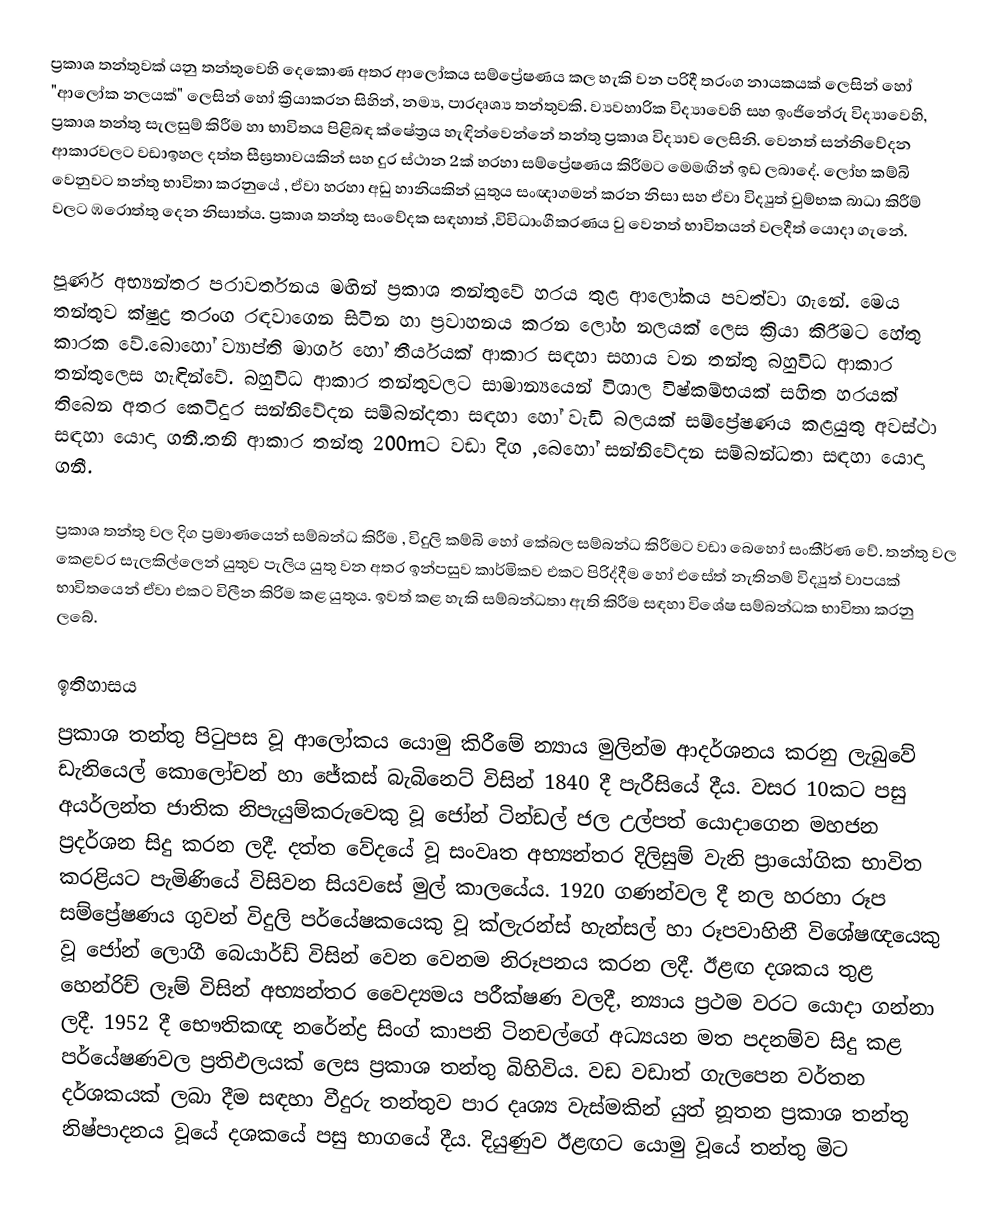
ප්‍රකාශ තන්තුවක්  යනු තන්තුවෙහි දෙකොණ අතර ආලෝකය සම්ප්‍රේෂණය කල හැකි වන පරිදී  තරංග නායකයක් ලෙසින් හෝ "ආලෝක නලයක්" ලෙසින් හෝ ක්‍රියාකරන සිහින්, නම්‍ය, පාරදෘශ්‍ය තන්තුවකි. ව්‍යවහාරික විද්‍යාවෙහි සහ ඉංජිනේරු විද්‍යාවෙහි, ප්‍රකාශ තන්තු සැලසුම් කිරීම හා භාවිතය පිළිබඳ ක්ෂේත්‍රය හැඳින්වෙන්නේ තන්තු ප්‍රකාශ විද්‍යාව ලෙසිනි. වෙනත් සන්නිවේදන ආකාරවලට වඩාඉහල දත්ත සීඝ්‍රතාවයකින් සහ දුර ස්ථාන 2ක් හරහා සම්ප්‍රේෂණය කිරීමට මෙමඟින් ඉඩ ලබාදේ. ලෝහ කම්බි වෙනුවට තන්තු භාවිතා කරනුයේ , ඒවා හරහා අඩු හානියකින් යුතුය සංඥාගමන් කරන නිසා  සහ ඒවා විද්‍යුත් චුම්භක බාධා කිරීම් වලට ඹරොත්තු දෙන නිසාත්ය. ප්‍රකාශ තන්තු සංවේදක සඳහාත් ,විවිධාංගීකරණය වු වෙනත් භාවිතයන් වලදීත් යොදා ගැනේ.

පූර්ණ අභ්‍යන්තර පරාවර්තනය මඟින් ප්‍රකාශ තන්තුවේ හරය තුළ ආලෝකය පවත්වා ගැනේ. මෙය තන්තුව ක්ෂුද්‍ර තරංග රඳවාගෙන සිටින හා ප්‍රවාහනය කරන ලෝහ නලයක් ලෙස ක්‍රියා කිරීමට හේතු කාරක වේ.බොහෝ ව්‍යාප්ති මාර්ග හෝ  තීර්යයක් ආකාර සඳහා සහාය වන තන්තු බහුවිධ ආකාර තන්තුලෙස හැඳින්වේ. බහුවිධ ආකාර තන්තුවලට සාමාන්‍යයෙන් විශාල විෂ්කම්භයක් සහිත හරයක් තිබෙන අතර කෙටිදුර සන්නිවේදන සම්බන්දතා සඳහා හෝ වැඩි බලයක් සම්ප්‍රේෂණය කළයුතු අවස්ථා සඳහා යොදා ගනී.තනි ආකාර තන්තු 200mට වඩා දිග ,බෙහෝ සන්නිවේදන සම්බන්ධතා සඳහා යොදා ගනී.

ප්‍රකාශ තන්තු වල දිග ප්‍රමාණයෙන් සම්බන්ධ කිරීම , විදුලි කම්බි හෝ කේබල සම්බන්ධ කිරීමට වඩා බෙහෝ සංකීර්ණ වේ. තන්තු වල කෙළවර සැලකිල්ලෙන් යුතුව පැලිය යුතු වන අතර ඉන්පසුව කාර්මිකව එකට පිරිද්දීම හෝ එසේත් නැතිනම් විද්‍යුත් වාපයක් භාවිතයෙන් ඒවා එකට විලීන කිරිම කළ යුතුය. ඉවත් කළ හැකි සම්බන්ධතා ඇති කිරීම සඳහා විශේෂ සම්බන්ධක භාවිතා කරනු ලබේ.

ඉතිහාසය
ප්‍රකාශ තන්තු පිටුපස වූ ආලෝකය යොමු කිරීමේ න්‍යාය මුලින්ම ආදර්ශනය කරනු ලැබුවේ ඩැනියෙල් කොලෝචන් හා ජේකස් බැබිනෙට් විසින් 1840 දී පැරීසියේ දීය. වසර 10කට පසු අයර්ලන්ත ජාතික නිපැයුම්කරුවෙකු වූ ජෝන් ටින්ඩල් ජල උල්පත් යොදාගෙන මහජන ප්‍රදර්ශන සිදු කරන ලදී. දත්ත වේදයේ වූ සංවෘත අභ්‍යන්තර දිලිසුම් වැනි ප්‍රායෝගික භාවිත කරළියට පැමිණියේ විසිවන සියවසේ මුල් කාලයේය. 1920 ගණන්වල දී නල හරහා රූප සම්ප්‍රේෂණය ගුවන් විදුලි පර්යේෂකයෙකු වූ ක්ලැරන්ස් හැන්සල් හා රූපවාහිනී විශේෂඥයෙකු වූ ජෝන් ‍ලොගී බෙයාර්ඩ් විසින් වෙන වෙනම නිරූපනය කරන ලදී. ඊළඟ දශකය තුළ හෙන්රිච් ලෑම් විසින් අභ්‍යන්තර වෛද්‍යමය පරීක්ෂණ වලදී, න්‍යාය ප්‍රථම වරට යොදා ගන්නා ලදී. 1952 දී භෞතිකඥ නරේන්ද්‍ර සිංග් කාපනි ටිනචල්ගේ අධ්‍යයන මත පදනම්ව සිදු කළ පර්යේෂණවල ප්‍රතිඵලයක් ලෙස ප්‍රකාශ තන්තු බිහිවිය. වඩ වඩාත් ගැලපෙන වර්තන දර්ශකයක් ලබා දීම සඳහා වීදුරු තන්තුව පාර දෘශ්‍ය වැස්මකින් යුත් නූතන ප්‍රකාශ තන්තු නිෂ්පාදනය වූයේ දශකයේ පසු භාගයේ දීය. දියුණුව ඊළඟට යොමු වූයේ තන්තු මිට